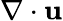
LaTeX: \nabla\cdot\boldsymbol{\mathbf{u}}